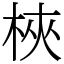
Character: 梜